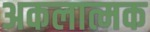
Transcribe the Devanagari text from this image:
अकलात्मक